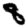
Digit: 8